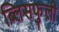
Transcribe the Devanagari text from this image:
ब्लिसफुली